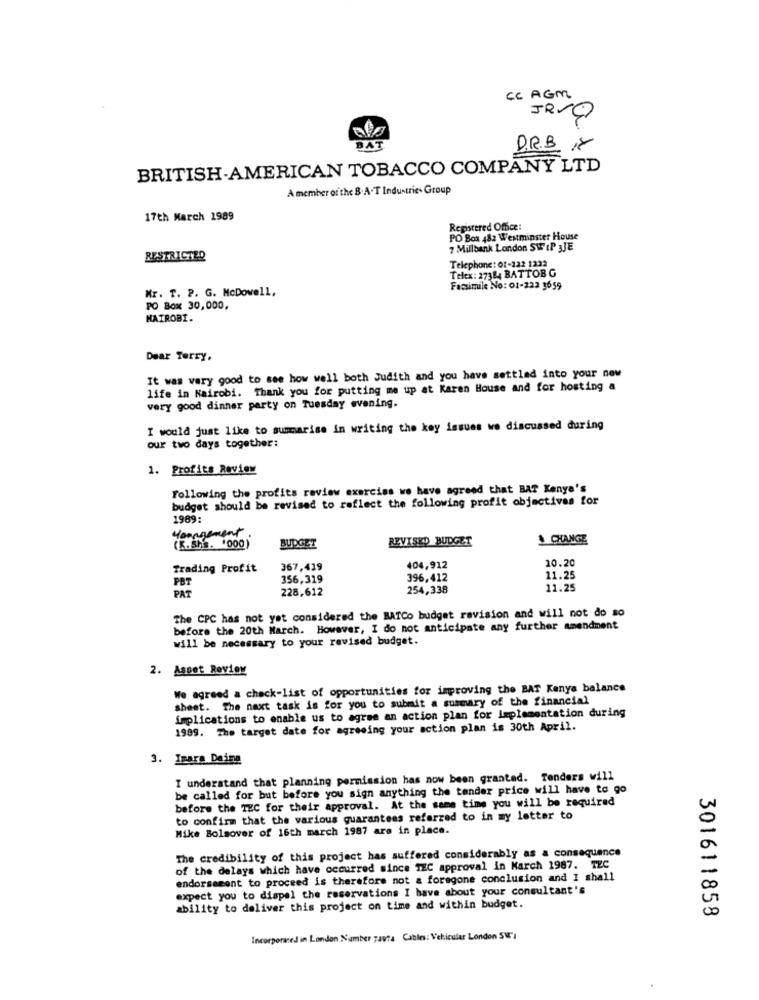
CC AGM
JeV@
BAT
DR.B 18
BRITISH-AMERICAN TOBACCO COMPANY LTD
A member of the B. A-T Industrie- Group
17th March 1989
Registered Office:
PO Box 482 Westminster House
7 Millbank London SW IP 3JE
RESTRICTED
Telephone: 01-122 1222
Telex: 273&4 BATTOB G
Mr. T. P. G. McDowell,
Facsimile No: 01-222 3659
PO Box 30,000.
NAIROBI.
Dear Terry,
It was very good to see how well both Judith and you have settled into your new
life in Nairobi. Thank you for putting me up at Karen House and for hosting a
very good dinner party on Tuesday evening.
I would just like to summarise in writing the key issues we discussed during
our two days together:
1. Profits Review
Following the profits review exerciss we have agreed that BAT Kenye's
budget should be revised to reflect the following profit objectivas for
1969:
Mangement
BUDGET
REVISED BUDGET
CHANGE
(K.Sh. "000)
10.20
Trading Profit
367,419
404,912
356,319
396,412
11.25
PBT
PAT
228,612
254,338
11.25
The CPC has not yet considered the BATCo budget ravision and will not do so
before the 20th March. However, I do not anticipate any further amendment
will be necessary to your revised budget.
2. Aspet Revion
We agreed a check-list of opportunities for improving the BAT Kenya balance
sheet. The naxt task is for you to submit a summary of the financial
implications to enable us to agree an action plan for Leplementation during
1989. The target date for agreeing your action plan is 30th April.
3. Imara Daima
I understand that planning permission has now been granted. Tenders will
be called for but before you sign anything the tender price will have to go
before the TEC for their approval. At the same time you will be required
to confirm that the various guarantees referred to in my letter to
Mike Bolsover of 16th march 1987 are in place.
The credibility of this project has suffered considerably as a consequence
of the delays which have occurred since TEC approval in March 1987. TEC
endorsement to proceed is therefore not a foregone conclusion and I shall
expect you to dispel the reservations I have about your consultant's
ability to deliver this project on time and within budget.
301611858
Incorporated in London Number za974 Cables: Vehicular London SW'I